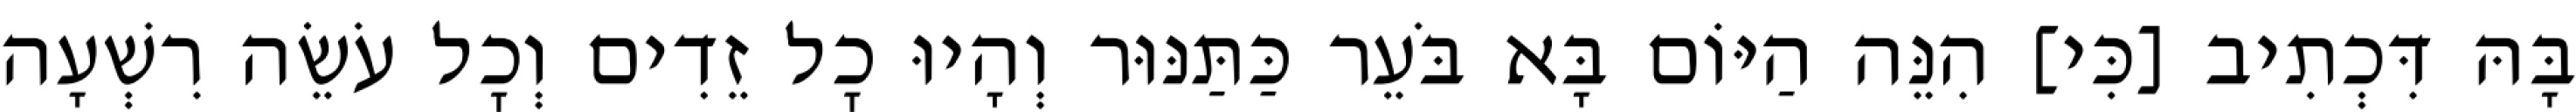
בָּהּ דִּכְתִיב [כִּי] הִנֵּה הַיּוֹם בָּא בֹּעֵר כַּתַּנּוּר וְהָיוּ כׇל זֵדִים וְכׇל עֹשֵׂה רִשְׁעָה